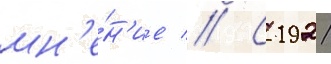
мн'е́н'ие // С 1921